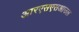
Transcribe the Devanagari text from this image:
आरएसएसआउल